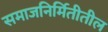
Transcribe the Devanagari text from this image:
समाजनिर्मितीतील